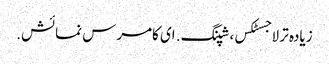
زیادہ تر لاجسٹکس، شپنگ. ای کامرس نمائش.